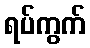
ရပ်ကွက်